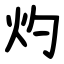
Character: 灼